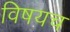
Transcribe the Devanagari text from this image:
विषयच